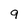
Character: 9